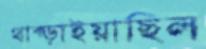
থাক্‌ড়াইয়াছিল